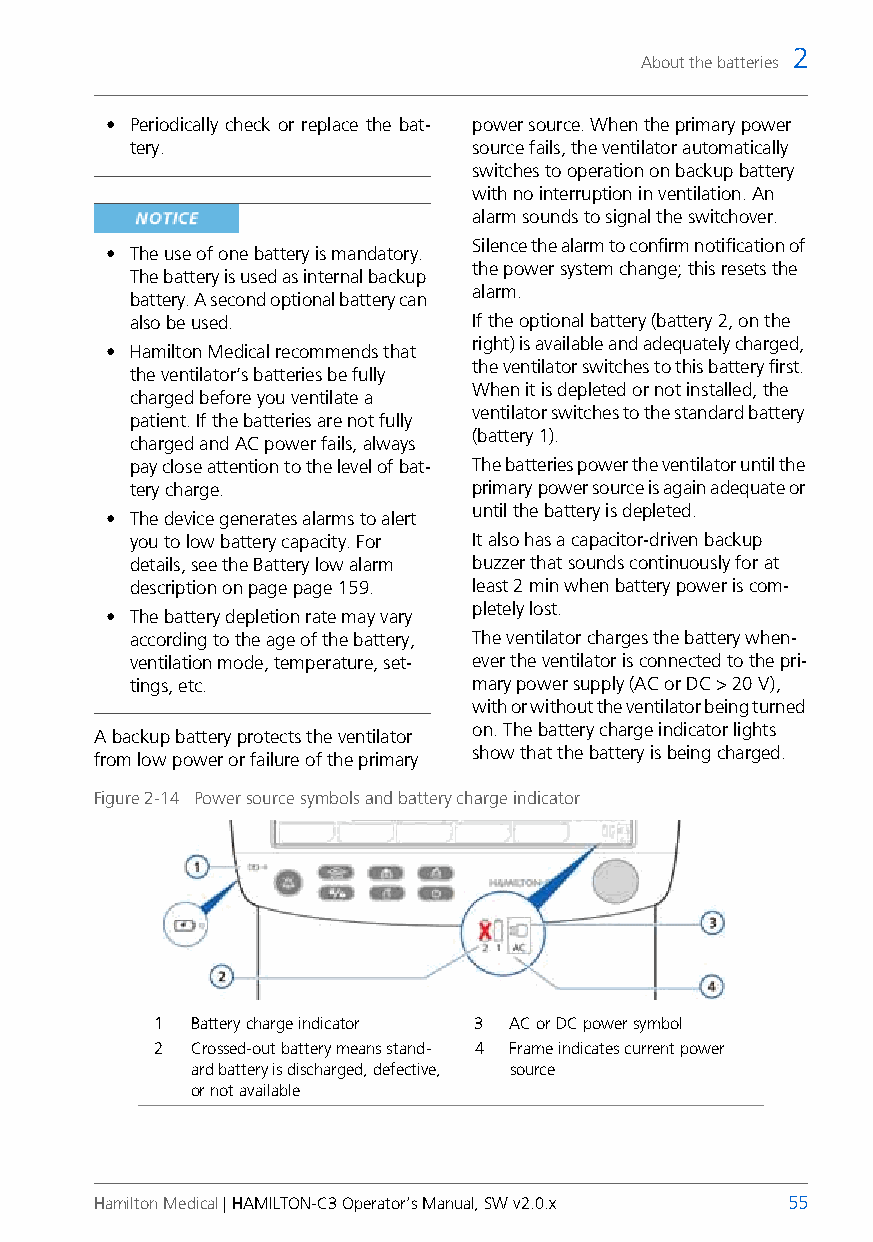
2
 About the batteries
 • Periodically check or replace the bat- power source. When the primary power
 tery.                 source fails, the ventilator automatically
 switches to operation on backup battery
 with no interruption in ventilation. An
 alarm sounds to signal the switchover.
 Silence the alarm to confirm notification of
 • The use of one battery is mandatory.
 the power system change; this resets the
 The battery is used as internal backup
 alarm.
 battery. A second optional battery can
 also be used.         If the optional battery (battery 2, on the
 right) is available and adequately charged,
 • Hamilton Medical recommends that
 the ventilator switches to this battery first.
 the ventilator’s batteries be fully
 When it is depleted or not installed, the
 charged before you ventilate a
 ventilator switches to the standard battery
 patient. If the batteries are not fully
 (battery 1).
 charged and AC power fails, always
 pay close attention to the level of bat- The batteries power the ventilator until the
 tery charge.          primarypower source is again adequate or
 until the battery is depleted.
 • The device generates alarms to alert
 you to low battery capacity. For It also has a capacitor-driven backup
 details, see the Battery low alarm buzzer that sounds continuously for at
 description on page page159. least 2min when battery power is com-
 pletely lost.
 • The battery depletion rate may vary
 according to the age of the battery, The ventilator charges the battery when-
 ventilation mode, temperature, set- ever the ventilator is connected to the pri-
 tings, etc.           mary power supply (AC or DC > 20 V),
 with or without the ventilator being turned
 on. The battery charge indicator lights
 A backup battery protects the ventilator
 show that the battery is being charged.
 from low power or failureof the primary
 Figure 2-14 Power source symbols and battery charge indicator
 1  Battery charge indicator 3 AC or DC power symbol
 2  Crossed-out battery means stand- 4 Frame indicates current power
 ard battery is discharged, defective, source
 or not available
 Hamilton Medical | HAMILTON-C3 Operator’s Manual, SW v2.0.x 55